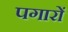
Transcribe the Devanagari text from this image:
पगारों